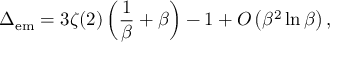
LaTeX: \Delta _ { \mathrm { e m } } = 3 \zeta ( 2 ) \left( { \frac { 1 } { \beta } } + \beta \right) - 1 + { \cal O } \left( \beta ^ { 2 } \ln \beta \right) ,